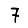
Digit: 7